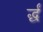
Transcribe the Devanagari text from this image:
र्द्धं